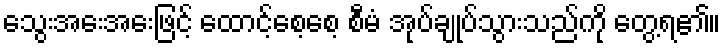
သွေးအေးအေးဖြင့် ထောင့်စေ့စေ့ စီမံ အုပ်ချုပ်သွားသည်ကို တွေ့ရ၏။